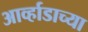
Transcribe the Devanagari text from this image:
आर्व्हाडाच्या